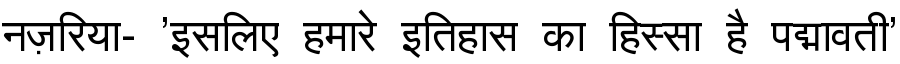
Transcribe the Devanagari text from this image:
नज़रिया- 'इसलिए हमारे इतिहास का हिस्सा है पद्मावती'